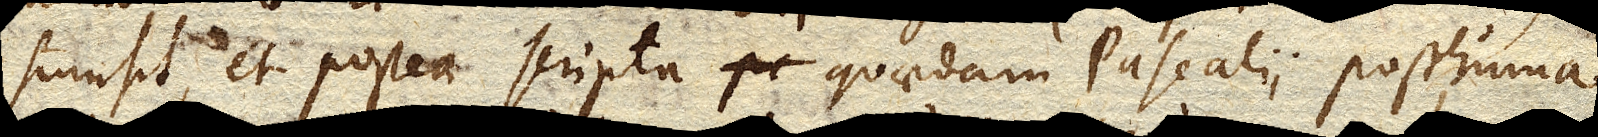
sumsit, et postea scripta quaedam Pascalii posthuma